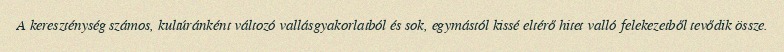
A kereszténység számos, kultúránként változó vallásgyakorlatból és sok, egymástól kissé eltérő hitet valló felekezetből tevődik össze.